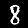
Digit: 8